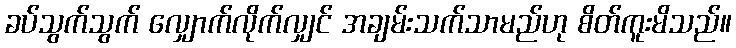
ခပ်သွက်သွက် လျှောက်လိုက်လျှင် အချမ်းသက်သာမည်ဟု စိတ်ကူးမိသည်။